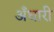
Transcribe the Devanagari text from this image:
अँधारी